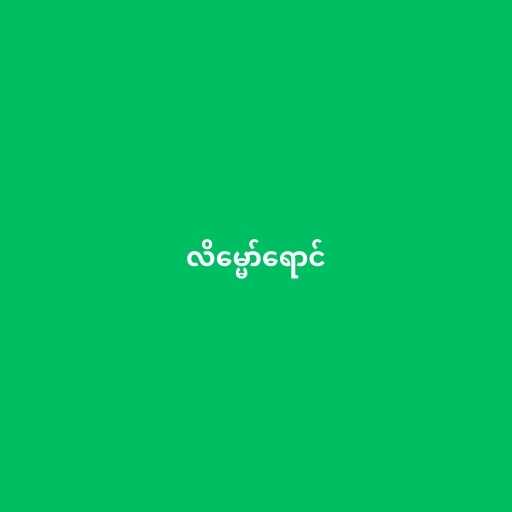
လိမ္မော်ရောင်